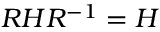
R H R ^ { - 1 } = H